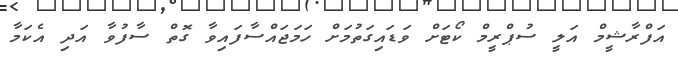
އަފްރާޝީމް އަލީ ސުޕްރީމް ކޯޓަށް ވަޑައިގަތުމަށް ހަމަޖައްސާފައިވާ ގޮތް ސާފުވާ އަދި އެކަމާ